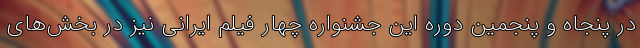
در پنجاه و پنجمین دوره این جشنواره چهار فیلم ایرانی نیز در بخش‌های